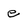
Character: e